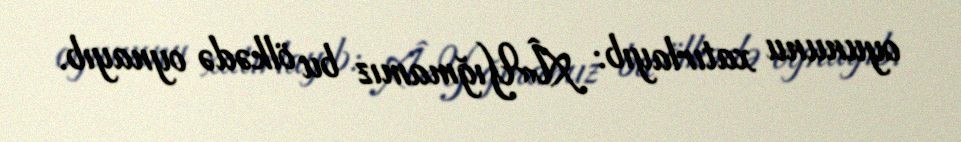
oyununu xatırlayıb: Â«Yığmamız bu ölkədə oynayıb.